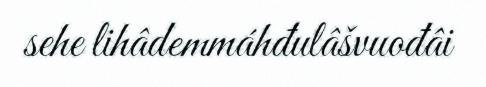
sehe lihâdemmáhđulâšvuođâi